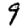
Digit: 9